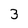
Character: 3